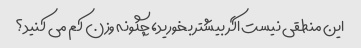
این منطقی نیست اگر بیشتر بخورید، چگونه وزن کم می کنید؟